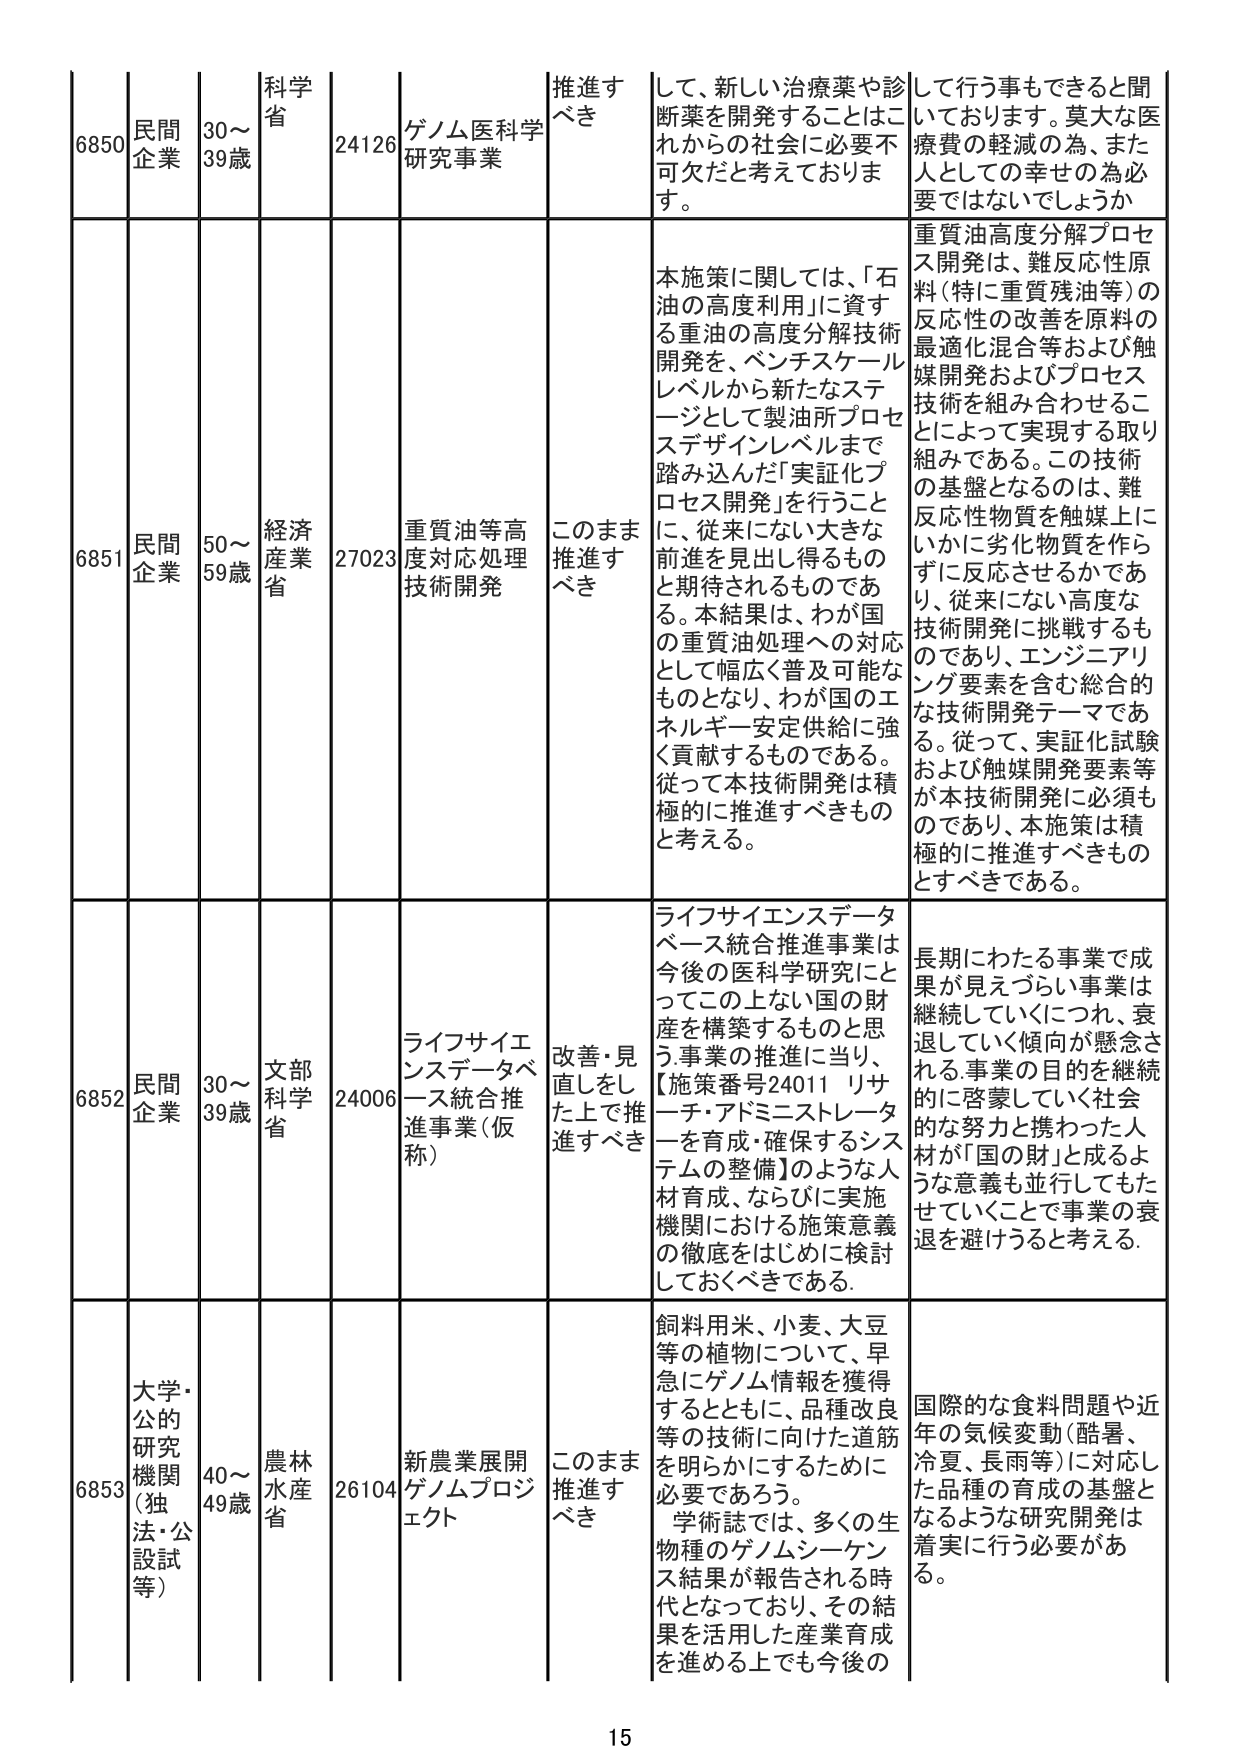
6850 民間企業 30～39歳 科学省 24126 ゲノム医科学研究事業 推進すべき して、新しい治療薬や診断薬を開発することはこれからの社会に必要不可欠だと考えております。 して行う事もできると聞いております。莫大な医療費の軽減の為、また人としての幸せの為必要ではないでしょうか

6851 民間企業 50～59歳 経済産業省 27023 重質油等高度対応処理技術開発 このまま推進すべき 本施策に関しては、「石油の高度利用」に資する重油の高度分解技術開発を、ベンチスケールレベルから新たなステージとして製油所プロセスデザインレベルまで踏み込んだ「実証化プロセス開発」を行うこと、従来にない大きな前進を見出し得るものと期待されるものである。本結果は、わが国の重質油処理への対応として幅広く普及可能なものとなり、わが国のエネルギー安定供給に強く貢献するものである。従って本技術開発は積極的に推進すべきものと考える。 重質油高度分解プロセス開発は、難反応性原料（特に重質残油等）の反応性の改善を原料の最適化混合等および触媒開発およびプロセス技術を組み合わせることによって実現する取り組みである。この技術の基盤となるのは、難反応性物質を触媒上にいかに劣化物質を作らずに反応させるかであり、従来にない高度な技術開発に挑戦するものであり、エンジニアリング要素を含む総合的な技術開発テーマである。従って、実証化試験および触媒開発要素等が本技術開発に必須ものであり、本施策は積極的に推進すべきものとすべきである。

6852 民間企業 30～39歳 文部科学省 24006 ライフサイエンスデータベース統合推進事業（仮称） 改善・見直しをした上で推進すべき ライフサイエンスデータベース統合推進事業は今後の医科学研究にとってこの上ない国の財産を構築するものと思う。事業の推進に当り、【施策番号24011 リサーチ・アドミニストレーターを育成・確保するシステムの整備】のような人材育成、ならびに実施機関における施策意義の徹底をはじめに検討しておくべきである。 長期にわたる事業で成果が見えづらい事業は継続していくにつれ、衰退していく傾向が懸念される。事業の目的を継続的に啓蒙していく社会的な努力と携わった人材が「国の財」と成るような意義も並行してもたせていこうことで事業の衰退を避けうると考える。

6853 大学・公的研究機関（独法・公設試等） 40～49歳 農林水産省 26104 新農業展開ゲノムプロジェクト このまま推進すべき 飼料用米、小麦、大豆等の植物について、早急にゲノム情報を獲得するとともに、品種改良等の技術に向けた道筋を明らかにするために必要であろう。 学術誌では、多くの生物種のゲノムシーケンス結果が報告される時代となっており、その結果を活用した産業育成を進める上でも今後の 国際的な食料問題や近年の気候変動（酷暑、冷夏、長雨等）に対応した品種の育成の基盤となるような研究開発は着実に行う必要がある。

15